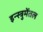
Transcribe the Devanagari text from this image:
इन्स्त्रुमेंतल